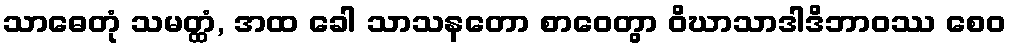
သာဓေတုံ သမတ္ထံ, အထ ခေါ သာသနတော စာဝေတွာ ဝိဃာသာဒါဒိဘာဝဿ စေဝ